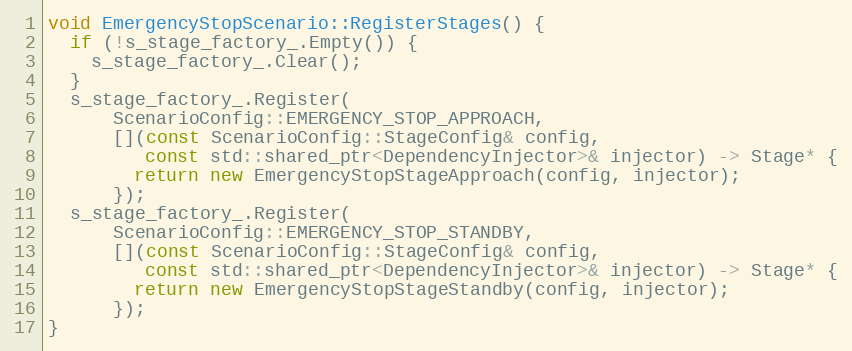
Language: C++
void EmergencyStopScenario::RegisterStages() {
  if (!s_stage_factory_.Empty()) {
    s_stage_factory_.Clear();
  }
  s_stage_factory_.Register(
      ScenarioConfig::EMERGENCY_STOP_APPROACH,
      [](const ScenarioConfig::StageConfig& config,
         const std::shared_ptr<DependencyInjector>& injector) -> Stage* {
        return new EmergencyStopStageApproach(config, injector);
      });
  s_stage_factory_.Register(
      ScenarioConfig::EMERGENCY_STOP_STANDBY,
      [](const ScenarioConfig::StageConfig& config,
         const std::shared_ptr<DependencyInjector>& injector) -> Stage* {
        return new EmergencyStopStageStandby(config, injector);
      });
}